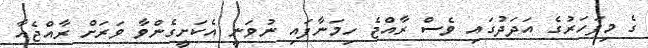
ގެ މިފަހަރުގެ އަދަދުގައި ވެސް ރާއްޖެ ހިމަނާފައި ނުވަނީ އެކަށީގެންވާ ވަރަށް ރާއްޖެއާ